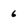
Character: 6